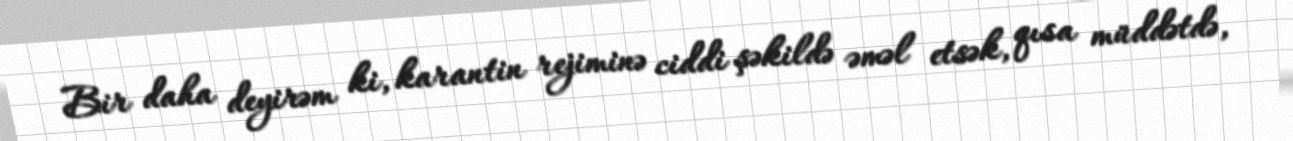
Bir daha deyirəm ki, karantin rejiminə ciddi şəkildə əməl etsək, qısa müddətdə,